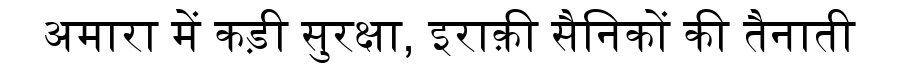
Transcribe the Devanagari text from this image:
अमारा में कड़ी सुरक्षा, इराक़ी सैनिकों की तैनाती